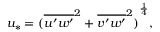
u _ { * } = { ( { \overline { { u ^ { \prime } w ^ { \prime } } } } ^ { 2 } + { \overline { { v ^ { \prime } w ^ { \prime } } } } ^ { 2 } ) } ^ { \frac { 1 } { 4 } } ,